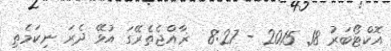
އޮކްޓޯބަރު 18